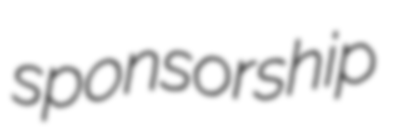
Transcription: sponsorship